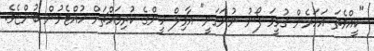
"ކީއްވެތަ އަހަރެން ގުޅީމަ ފޯނު ނުނަގަނީ" އާމިލް ހީންގެ ކުރިމައްޗަށް ހުއްޓެމުން ބުންޏެވެ.